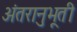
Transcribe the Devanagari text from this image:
अंतरानुभूती